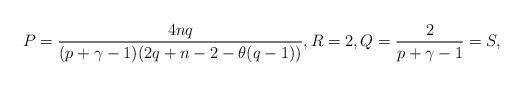
LaTeX: \begin{align*}P=\frac{4nq}{(p+\gamma-1)(2q+n-2-\theta(q-1))}, R=2, Q=\frac{2}{p+\gamma-1}=S,\end{align*}